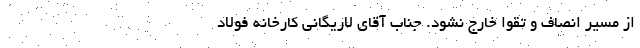
از مسیر انصاف و تقوا خارج نشود. جناب آقای لاریگانی کارخانه فولاد